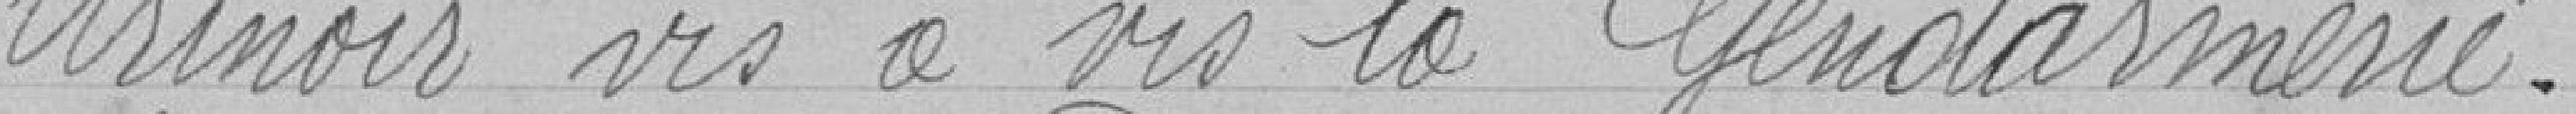
Urinoir vis à vis de la gendarmerie.